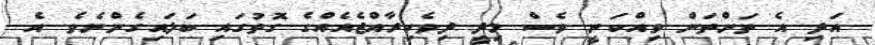
އަދި އެ ތަންތަން ވިއްކަނީ ވެސް މިދީ ދިވެހިރާއްޖެއެއްގެ ގޮތުގައި ބަލައިގެންނެވެ. އެ